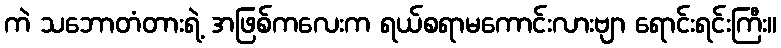
ကဲ သဘောတံတားရဲ့ အဖြစ်ကလေးက ရယ်စရာမကောင်းလားဗျာ ရောင်းရင်းကြီး။